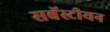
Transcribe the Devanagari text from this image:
सबॅस्टीयन